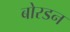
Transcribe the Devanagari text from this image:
बोरडन